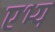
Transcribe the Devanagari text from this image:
एभ्य